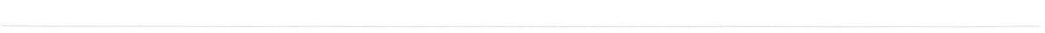
___